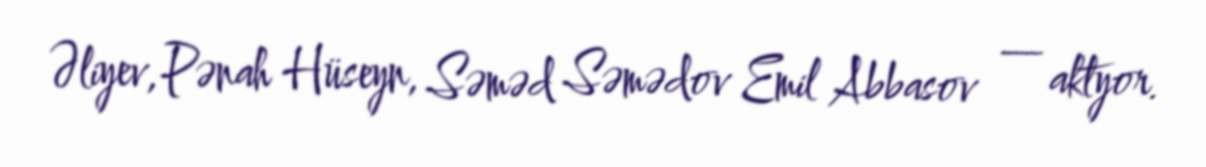
Əliyev, Pənah Hüseyn, Səməd Səmədov Emil Abbasov — aktyor.